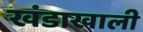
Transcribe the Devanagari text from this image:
खंडाखाली